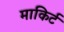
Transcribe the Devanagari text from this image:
माकिर्ट